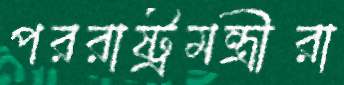
পররাষ্ট্রমন্ত্রীরা